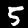
Label: 5